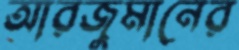
আরজুমানের